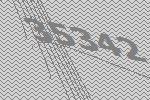
35342